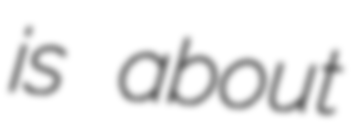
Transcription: is about